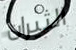
الثيران